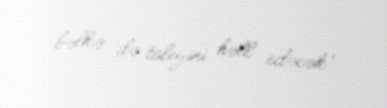
bəlkə də taleyini həll edəcək”.